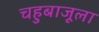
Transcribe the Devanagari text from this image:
चहुबाजूला